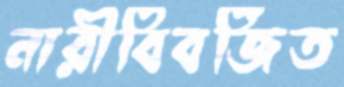
নারীবিবর্জিত